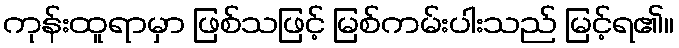
ကုန်းထူရာမှာ ဖြစ်သဖြင့် မြစ်ကမ်းပါးသည် မြင့်ရ၏။